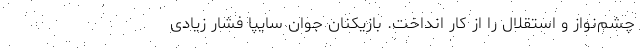
چشم‌نواز و استقلال را از کار انداخت. بازیکنان جوان سایپا فشار زیادی